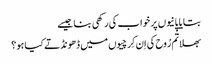
بتایا پانیوں پر خواب کی رکھی بنا جیسے
بھلا تُم رُوح کی اِن کِرچیوں میں ڈھونڈتے کیا ہو ؟